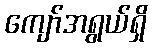
ကျော်အရွယ်ရှိ